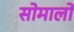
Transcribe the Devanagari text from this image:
सोमालो